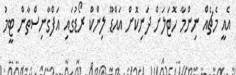
އެއީ މެޗެއް ނިންމާ ހޮޓަލަށް ދަނިކޮށް އައްޑޫ ލިންކް ރޯޑުގައި އަފްގާނިސްތާން ޓީމު